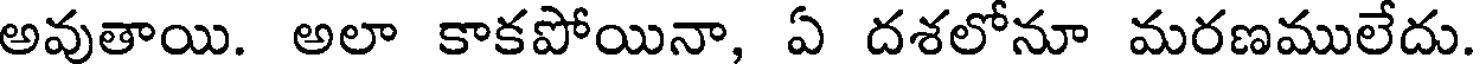
అవుతాయి. అలా కాకపోయినా, ఏ దశలోనూ మరణములేదు.